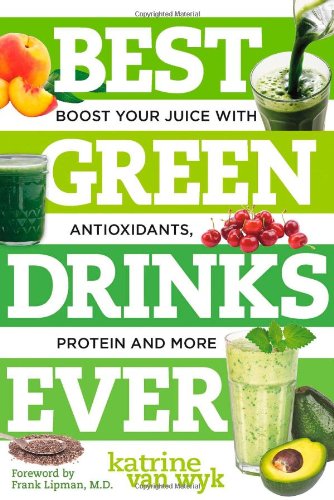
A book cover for Best Green Drinks Ever: Boost Your Juice with Protein, Antioxidants and More (Best Ever); Katrine Van Wyk; Cookbooks, Food & Wine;